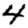
Digit: 4